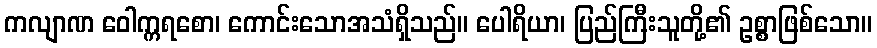
ကလျာဏ ဝေါက္ကရစော၊ ကောင်းသောအသံရှိသည်။ ပေါရိယာ၊ ပြည်ကြီးသူတို့၏ ဥစ္စာဖြစ်သော။